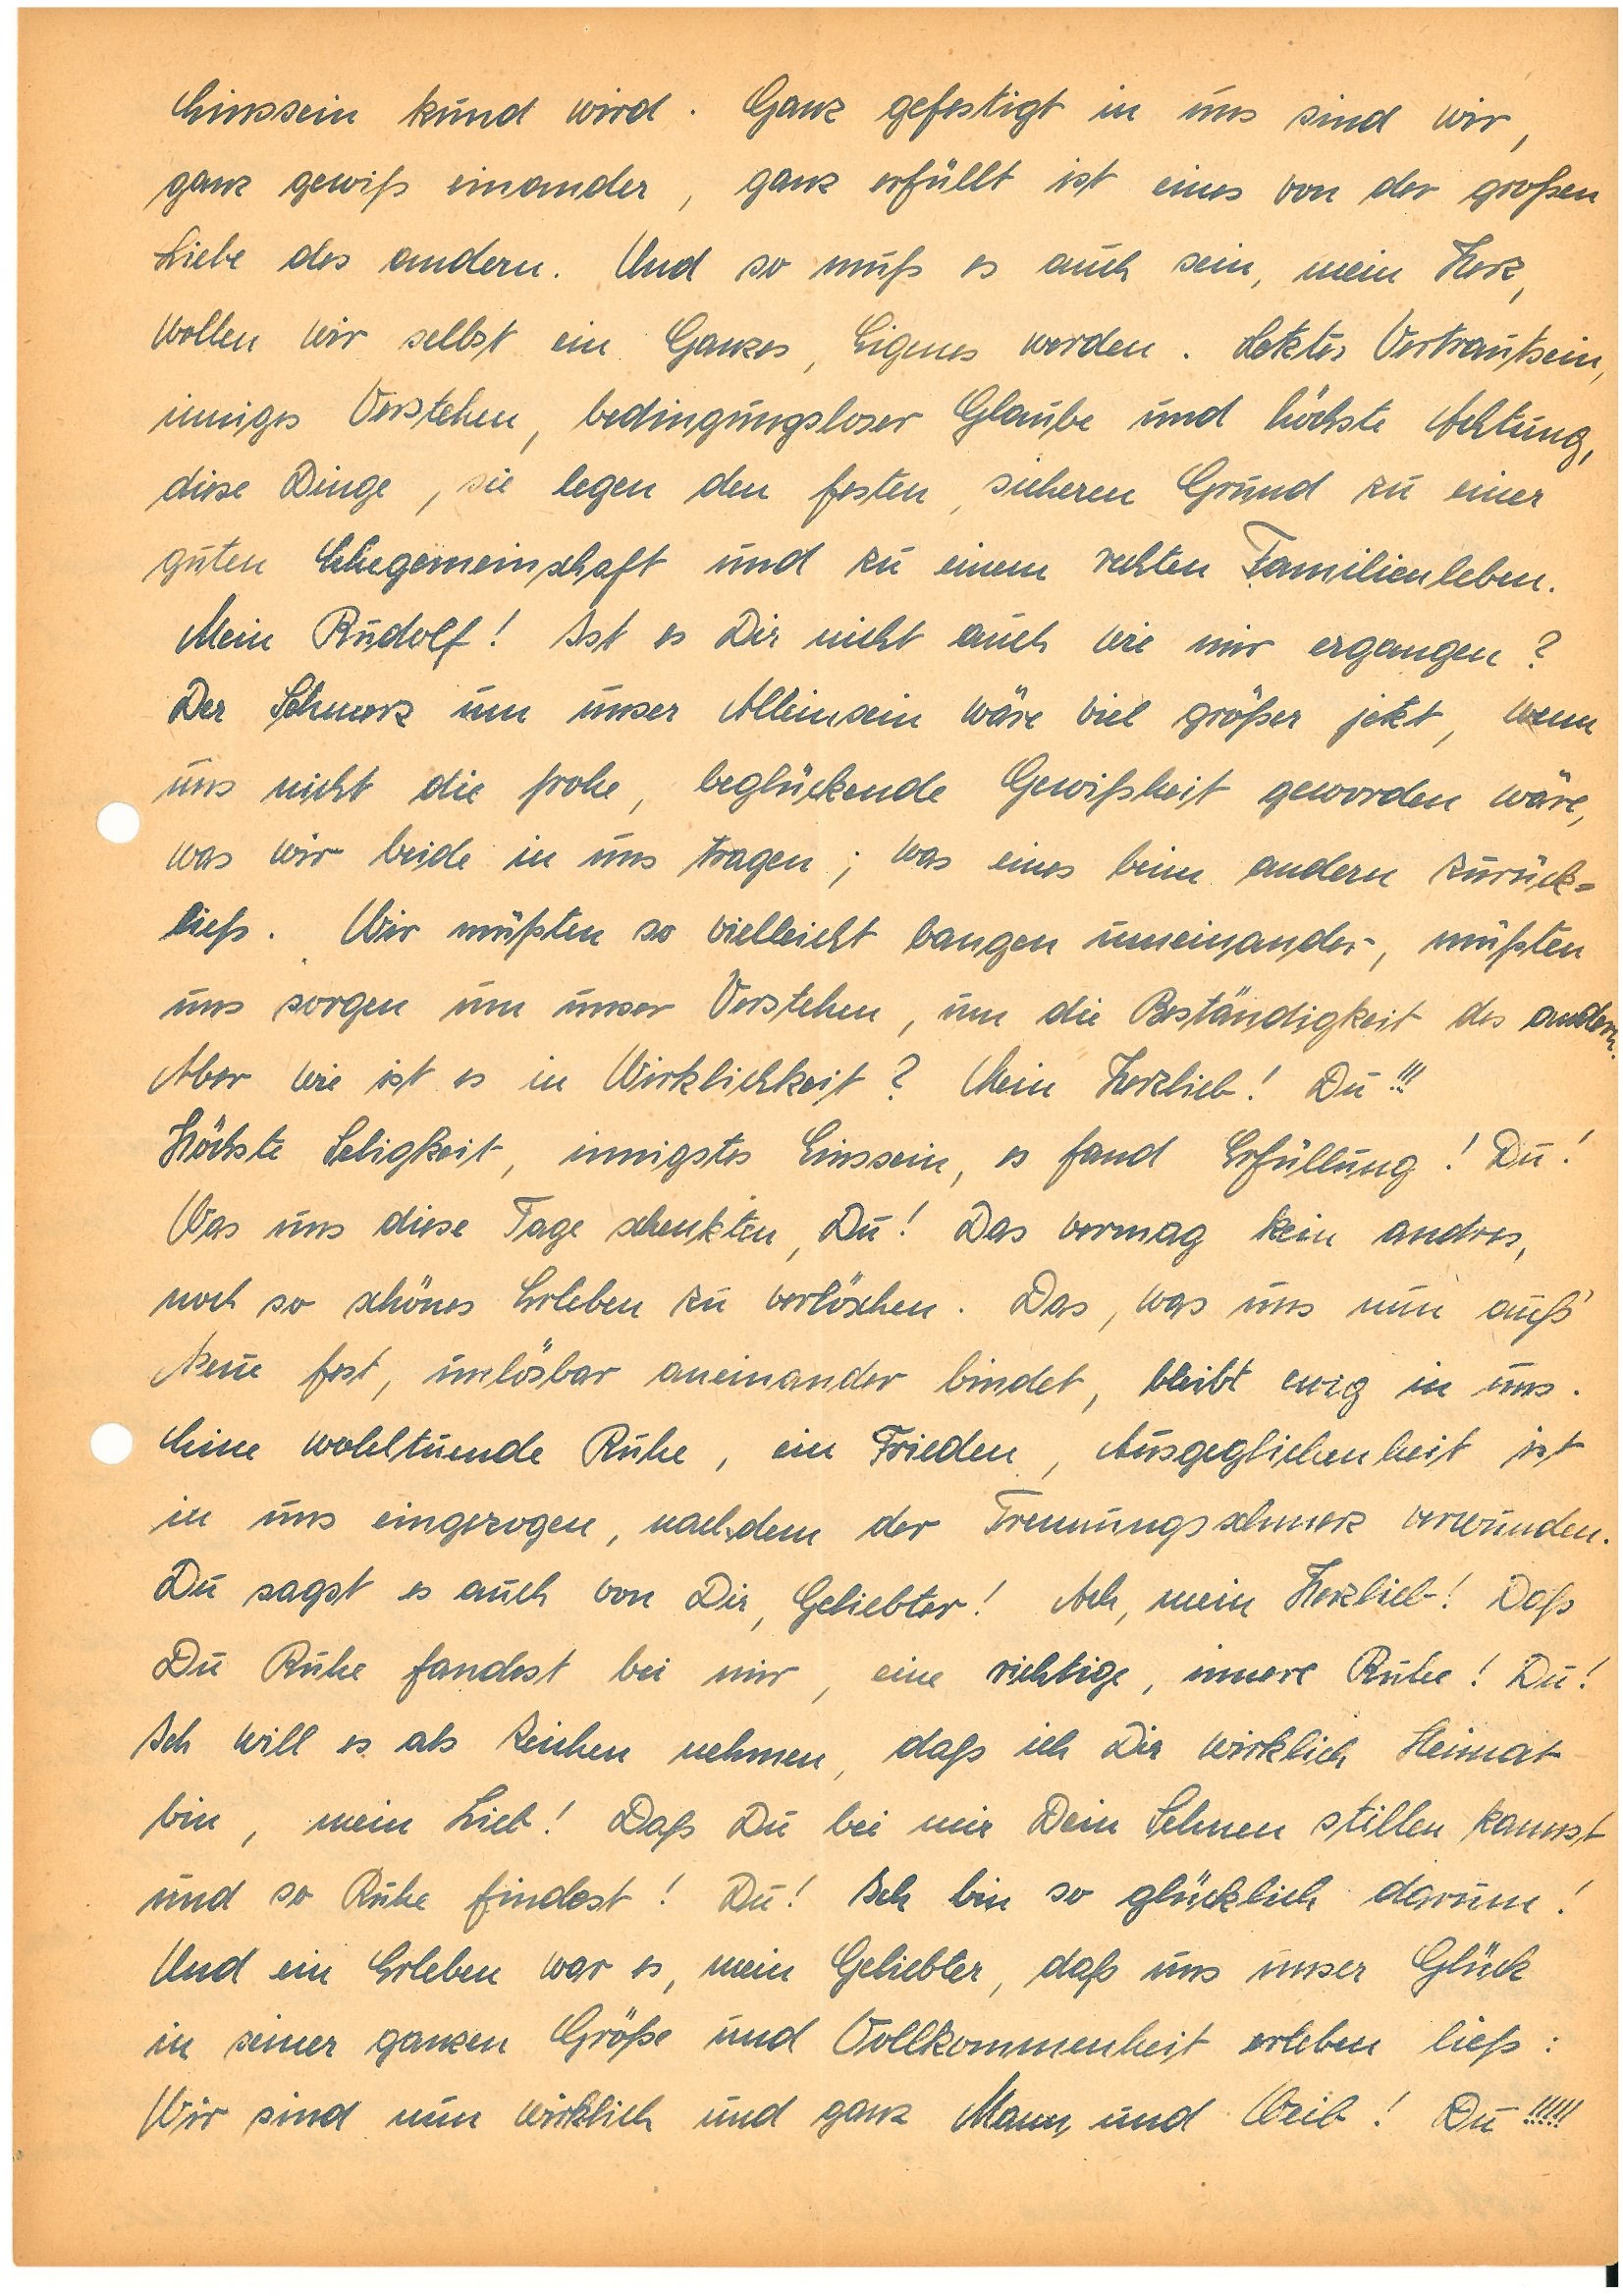
Einssein kund wird. Ganz gefestigt in uns sind wir,
ganz gewiß einander, ganz erfüllt ist eines von der großen
Liebe des andern. Und so muß es auch sein, mein Herz,
wollen wir selbst ein Ganzes, Eigenes werden. Letztes Vertrautsein,
inniges Verstehen, bedingungsloser Glaube und höchste Achtung,
diese Dinge, sie legen den festen, sicheren Grund zu einer
guten Ehegemeinschaft und zu einem rechten Familienleben.
Mein ! Ist es Dir nicht auch wie mir ergangen?
Der Schmerz um unser Alleinsein wäre viel größer jetzt, wenn
uns nicht die frohe, beglückende Gewißheit geworden wäre,
was wir beide in uns tragen; was eines beim andern zurück¬
ließ. Wir müßten so vielleicht bangen umeinander; müßten
uns sorgen um unser Verstehen, um die Beständigkeit des andern.
Aber wie ist es in Wirklichkeit? Mein Herzlieb! Du!!!
Höchste Seligkeit, innigstes Einssein, es fand Erfüllung! Du!
Was uns diese Tage schenkten, Du! Das vermag kein andres,
noch so schönes Erleben zu verlöschen. Das, was uns nun auf’s
Neue fest, unlösbar aneinander bindet, bleibt ewig in uns.
Eine wohltuende Ruhe, ein Frieden, Ausgeglichenheit ist
in uns eingezogen, nachdem der Trennungsschmerz verwunden.
Du sagst es auch von Dir, Geliebter! Ach, mein Herzlieb! Daß
Du Ruhe fandest bei mir, eine richtige, innere Ruhe! Du!
Ich will es als Zeichen nehmen, daß ich Dir wirklich Heimat
bin, mein Lieb! Daß Du bei mir Dein Sehnen stillen kannst
und so Ruhe findest! Du! Ich bin so glücklich darum!
Und ein Erleben war es, mein Geliebter, daß uns unser Glück
in seiner ganzen Größe und Vollkommenheit erleben ließ:
Wir sind nun wirklich und ganz Mann und Weib! Du!!!!!